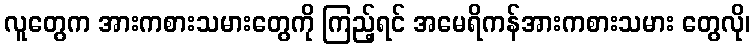
လူတွေက အားကစားသမားတွေကို ကြည့်ရင် အမေရိကန်အားကစားသမား တွေလို၊